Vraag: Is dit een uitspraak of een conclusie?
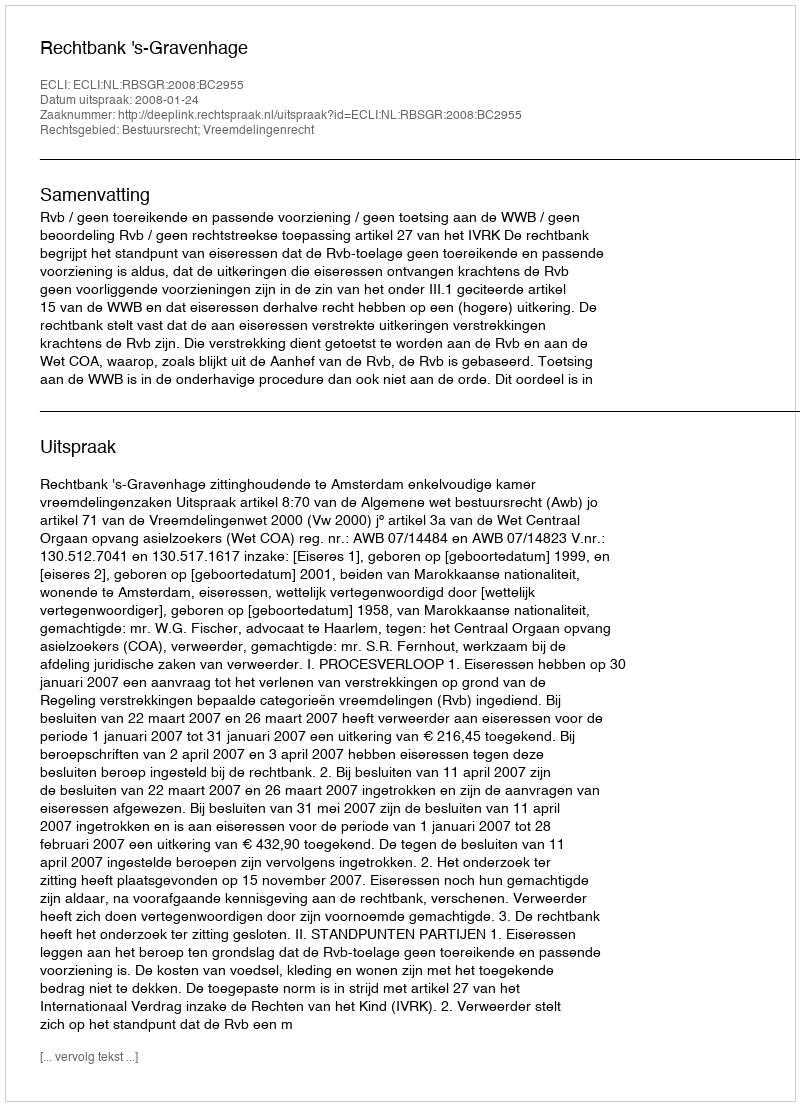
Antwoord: Uitspraak